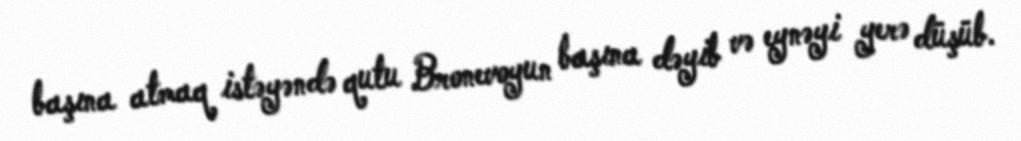
başına atmaq istəyəndə qutu Bronevoyun başına dəyib və eynəyi yerə düşüb.